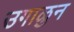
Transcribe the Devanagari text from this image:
उगाळुन